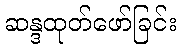
ဆန္ဒထုတ်ဖော်ခြင်း